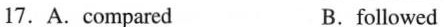
17.A.compared